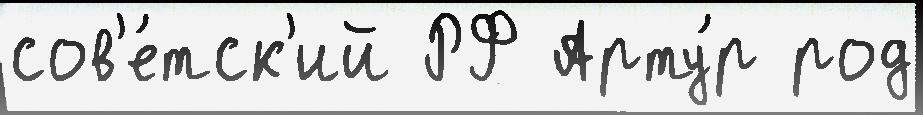
сов'е́тск'ий РФ Арту́р род